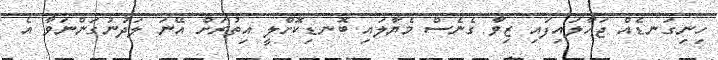
ހިނިގަނޑެއް ޖަހާލައިފައި ޒިވާ ގެނެސް މެޔާލައި ބޮނޑިކޮށްލީ އިތުރަށް އޭނަ ލަދުނުގަންނަވާ އެ